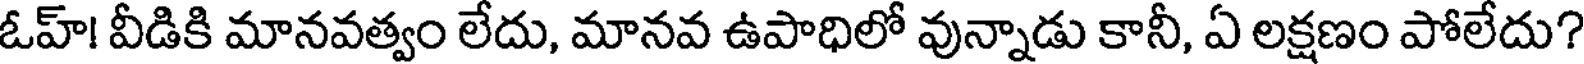
ఓహ్! వీడికి మానవత్వం లేదు, మానవ ఉపాధిలో వున్నాడు కానీ, ఏ లక్షణం పోలేదు?